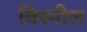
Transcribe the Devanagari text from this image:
बिस्मील